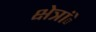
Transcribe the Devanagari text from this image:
क्षेत्रांे